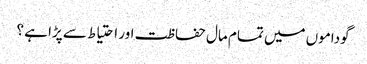
گوداموں میں تمام مال حفاظت اور احتیاط سے پڑا ہے ؟